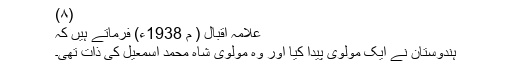
(۸)
علامہ اقبال ( م 1938ء) فرماتے ہیں کہ
ہندوستان نے ایک مولوی پیدا کیا اور وہ مولوی شاہ محمد اسمعیل کی ذات تھی۔